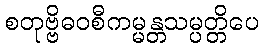
စတုဗ္ဗိဓဝစီကမ္မန္တသမ္ပတ္တိပေ